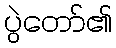
ပွဲတော်၏